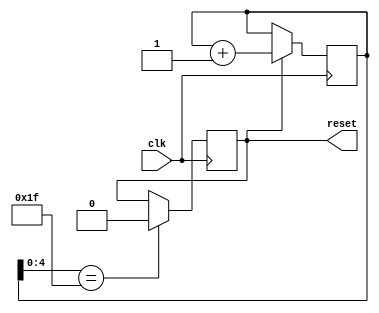
module reset(clk, reset);
	parameter WIDTH = 8;

	input clk;
	output reg reset = 1;

	reg [WIDTH - 1 : 0]   out = 0;
	wire clk;

	always @(posedge clk)
		if (reset == 1)
			out <= out + 1;

	always @(posedge clk)
		if (out[4:0] == 5'b11111)
			reset <= 0;
endmodule
module mipsfpga_de1_soc(
	input  CLOCK_50,
	output [6:0]  HEX0,
	output [6:0]  HEX1,
	output [6:0]  HEX2,
	output [6:0]  HEX3,
	output [6:0]  HEX4,
	output [6:0]  HEX5,
	input  [9:0]  SW,
	input  [3:0]  KEY,
	output [9:0]  LEDR,
	inout  [35:0] GPIO_0,
	inout  [35:0] GPIO_1);

	reg reset = 0;
	wire clk10m;
	wire pll_locked;

	pll10MHz pll_10(
		.refclk(CLOCK_50),
		.rst(reset),
		.outclk_0(clk10m),
		.locked(pll_locked));

	wire [35:0] cout;
	counter counter(.out(cout), .clk(clk10m), .reset(0));

	//wire led_oe = ((cout[0] & cout[1]) & ~my_reset);
	wire led_oe = (cout[0] & cout[1]);

	// hexLEDDriver segment0(.value(cout[15:12]), .out(HEX0), .oe(led_oe));
	// hexLEDDriver segment1(.value(cout[19:16]), .out(HEX1), .oe(led_oe));
	// hexLEDDriver segment2(.value(cout[23:20]), .out(HEX2), .oe(led_oe));
	// hexLEDDriver segment3(.value(cout[27:24]), .out(HEX3), .oe(led_oe));
	// hexLEDDriver segment4(.value(cout[31:28]), .out(HEX4), .oe(led_oe));
	// hexLEDDriver segment5(.value(cout[35:32]), .out(HEX5), .oe(led_oe));

	hexLEDDriver segment0(.value(HADDR[3:0]), .out(HEX0), .oe(led_oe));
	hexLEDDriver segment1(.value(HADDR[7:4]), .out(HEX1), .oe(led_oe));
	hexLEDDriver segment2(.value(HADDR[11:8]), .out(HEX2), .oe(led_oe));
	hexLEDDriver segment3(.value(HADDR[15:12]), .out(HEX3), .oe(led_oe));
	hexLEDDriver segment4(.value(HADDR[19:16]), .out(HEX4), .oe(led_oe));
	hexLEDDriver segment5(.value(HADDR[23:20]), .out(HEX5), .oe(led_oe));

	wire slow_clock = cout[8];
	assign LEDR[9] = slow_clock;
	assign LEDR[6] = slow_clock;


	wire my_reset;
	assign LEDR[1] = my_reset;
	reset mreset(slow_clock, my_reset);


	wire [31:0] HADDR, HRDATA, HWDATA;
	wire HWRITE;

	mfp_system mfp_system(
		.SI_ClkIn         (clk10m),
		//.SI_Reset         (KEY[0]),
		.SI_Reset         (my_reset),
		//.SI_ColdReset(KEY[1]),
		.SI_ColdReset(my_reset),

		.HADDR(HADDR),
		.HRDATA(HRDATA),
		.HWDATA(HWDATA),
		.HWRITE(HWRITE),

		.EJ_TRST_N_probe(1),
		.EJ_TDI(0),
		.EJ_TDO(GPIO_0[4]),
		.EJ_TMS(0),
		.EJ_TCK(0),
		.EJ_DINT(0),

		.IO_Switches(),
		.IO_Buttons(),
		.IO_RedLEDs(),
		.IO_GreenLEDs(),

		.UART_RX(GPIO_0[3]),
		.UART_TX(GPIO_0[1])
	);

endmodule
module counter(out, clk, reset);

	parameter WIDTH = 36;

	output [WIDTH - 1 : 0] out;
	input clk, reset;

	reg [WIDTH - 1 : 0] out;
	wire clk, reset;

	always @(posedge clk)
		if (reset)
			out <= 0;
		else
			out <= out + 1;

endmodule